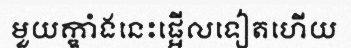
មួយក្ឌាំងនេះផ្អើលទៀតហើយ